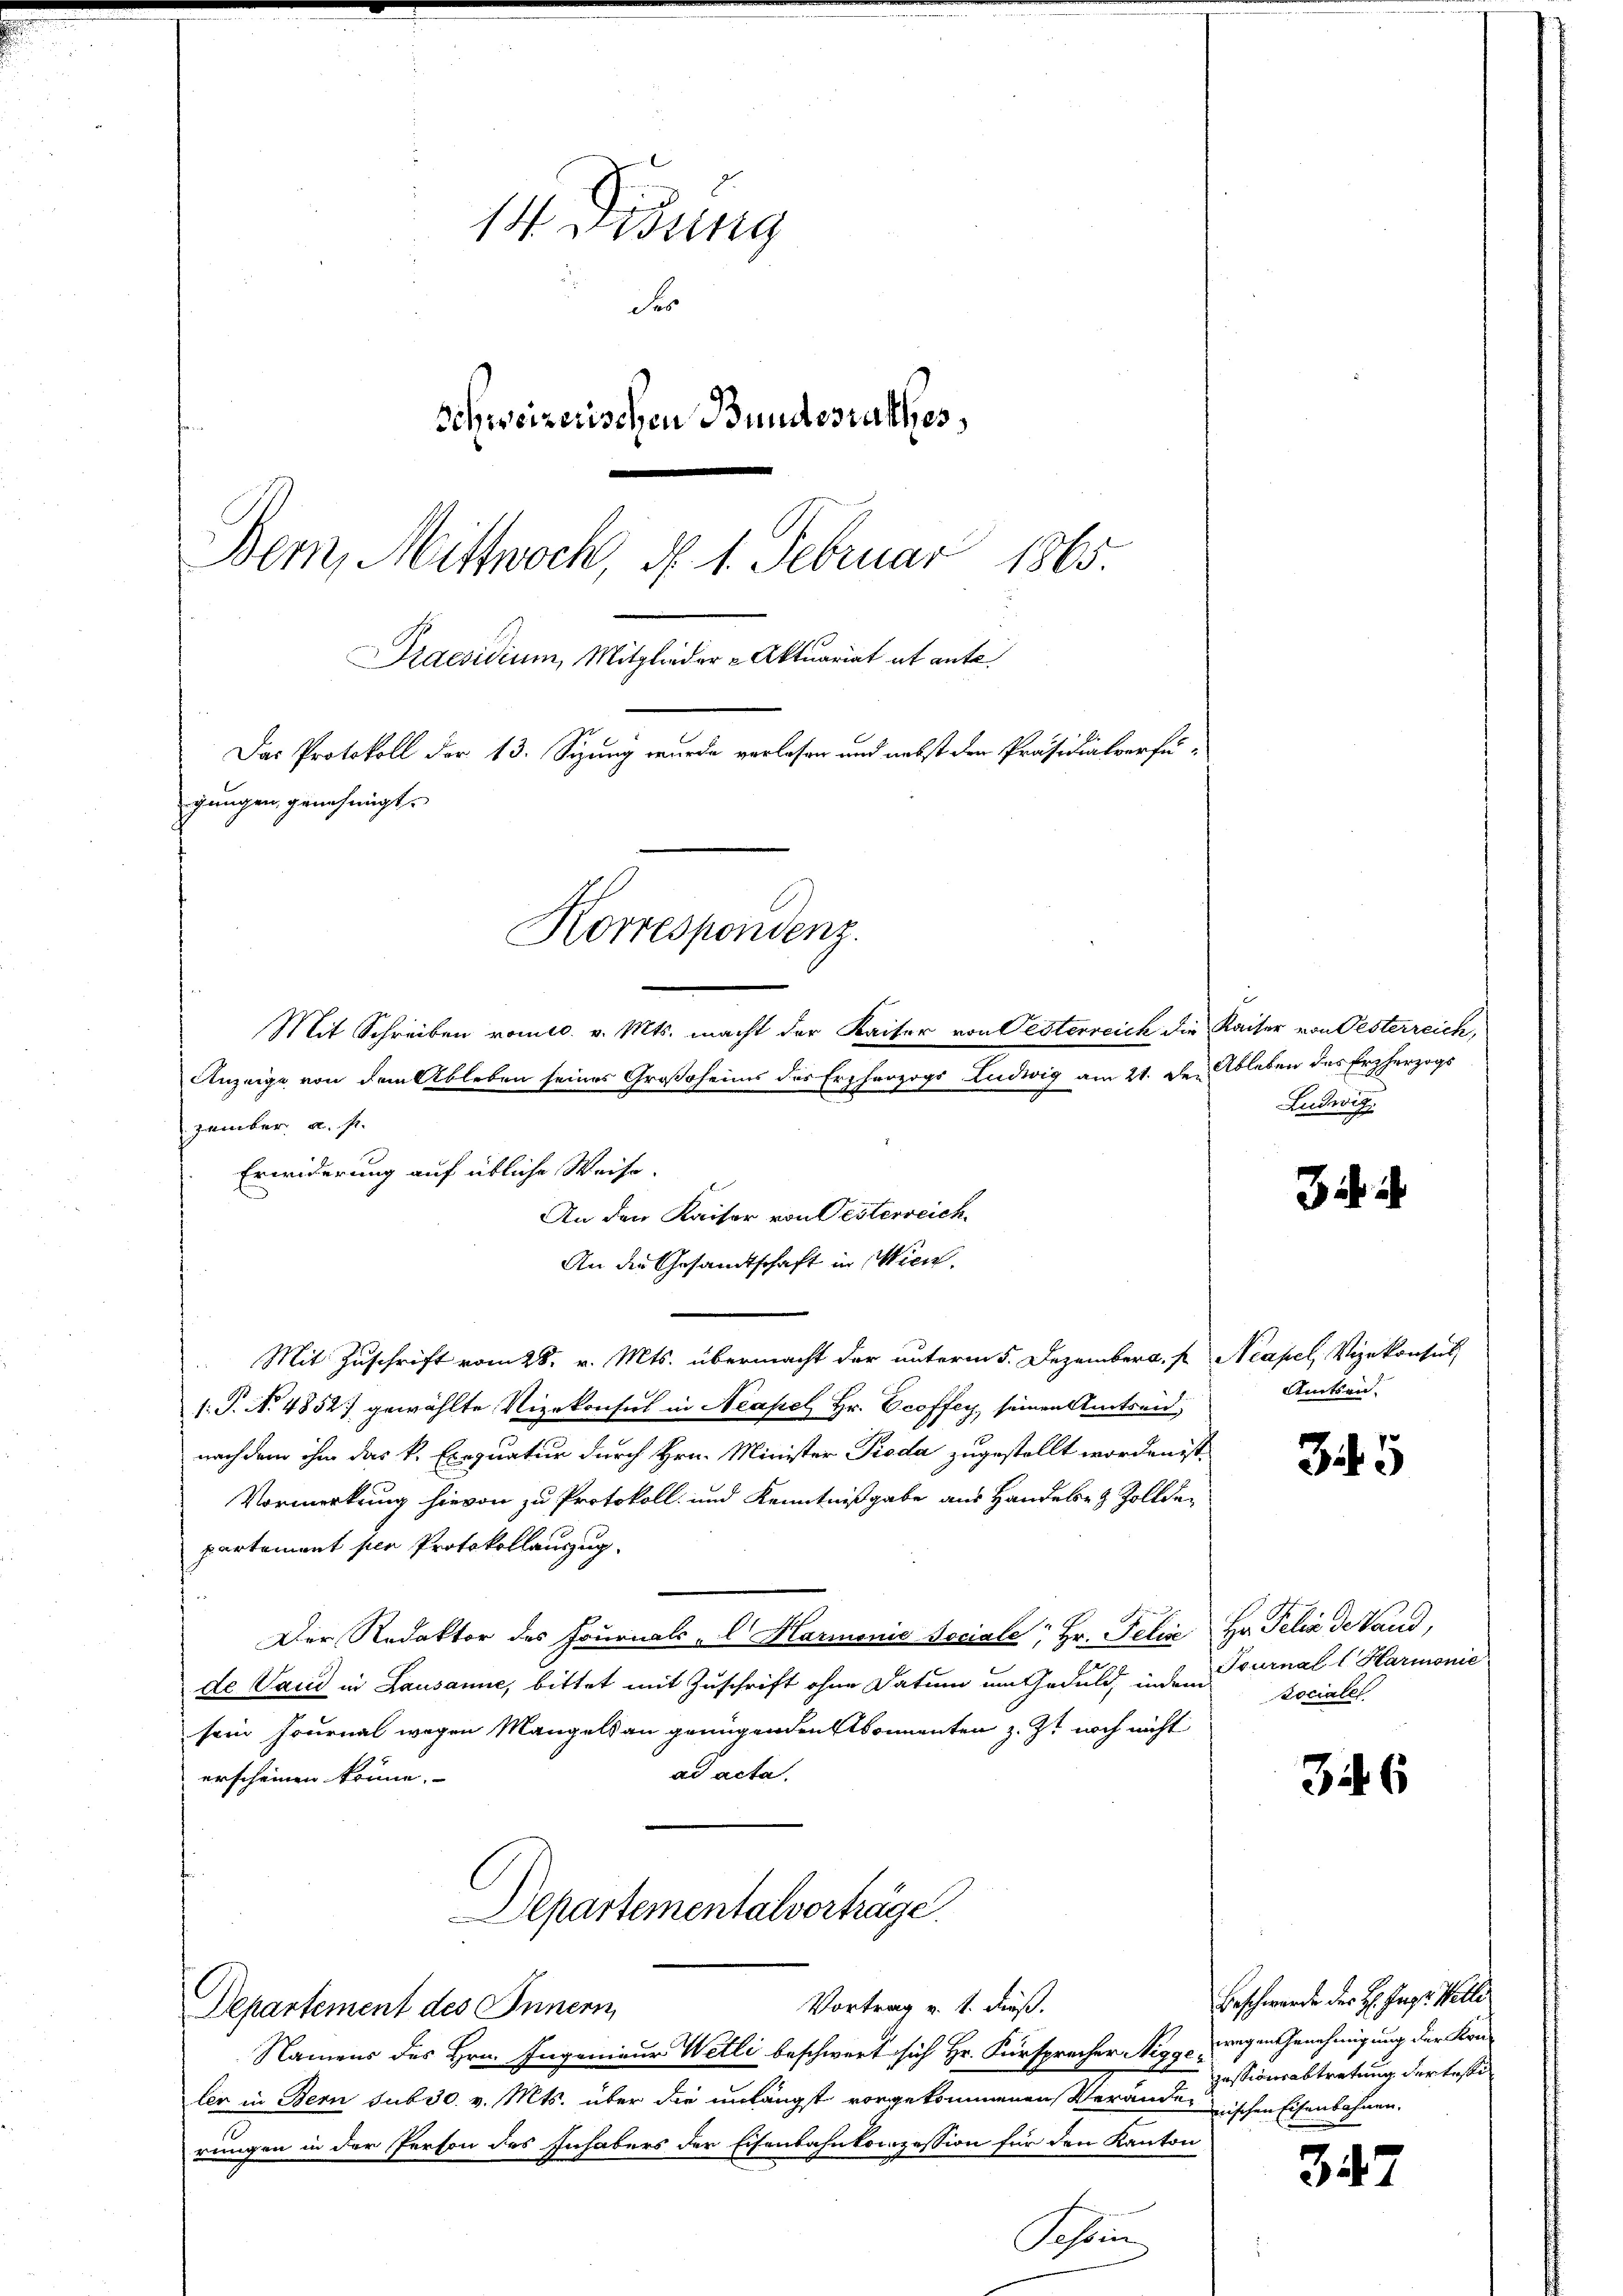
1 Bisung
de
Schweizerischen Bundesrathes,
Bern, Mittwoch, N. 1. Februar
1815.
Praesidium, Mitglieder Aktuariat et ante.
Das Protokoll der 13. Sizung wurde verlesen und nebst den Präsidialverfügungen, genehmigt.
Korrespondenz.
Mit Schreiben vom 10. v. Mts. macht der Kaiser von Oesterreich die Kaiser von Oesterreich,
Anzeige von dem Ableben seines Großsoheims des Erzherzogs Ludwig am 21. den Ableben des Erzherzogs

An den Kaiser von Testerreich

zember u. s.
Erwiderung auf übliche Weise.
An die Gesandtschaft in Wien.
 Mit Zuschrift vom 28. v. Mts. übermacht der unterm 5. Dezemberg, s
1: P. No 4852) gewählte Vizekonsul in Neapel, Hr. Ecoffen seinen Amtsein
nach dem ihm das k. Exequatur durch Hrn. Minister Roda zugestellt worden ist.
Vormerkung hievon zu Protokoll und Kenntnißgabe aus Handebet Zollde-
partement per Protokollauszug.
Der Redaktor des Journals - Harmonić sociale, Hr. Felix
de Vaud in Lausanne, bittet mit Zuschrift ohne Datum um Geduld, indem
sein Journal wegen Mangels an genügenden komenten z. Zt. noch nicht
ad acta
erscheinen könne.
Departementalverträge.
Vortrag v. 1. Fuß.
Departement des Innern,
Namens des Hrn. Ingenieur Wetli beschwert sich Hr. Fürsprecher Nigge wegen Genehmigung der Kon-
ler in Bern sub 30. v. Mts. über die unlängst vorgekommenen Verändernischen Eisenbahnen.
rungen in der Person des Inhabers der Eisenbahnkonzession für den Kanton

Schön

Ludwig

Neapel, Vizekonsul
Amtsen.

35

Hr. Pelin de land,
Tournal l Harmonie
sociale

346

Beschwerde der H. Ing. Welle
Ressionsabtretung der testel

347